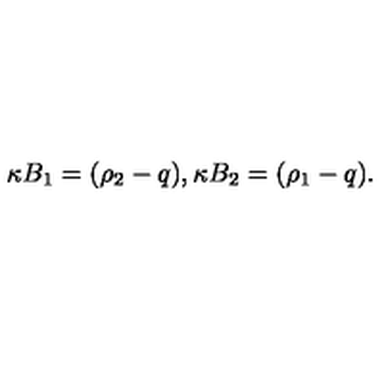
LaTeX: \kappa B _ { 1 } = ( \rho _ { 2 } - q ) , \kappa B _ { 2 } = ( \rho _ { 1 } - q ) .